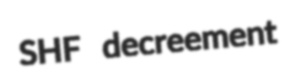
SHF decreement